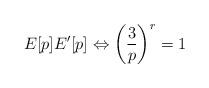
LaTeX: \begin{align*} E[p] E'[p] \Leftrightarrow \left (\frac{3}{p} \right)^r = 1\end{align*}